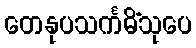
တေနုပသင်္ကမိံသုပေ